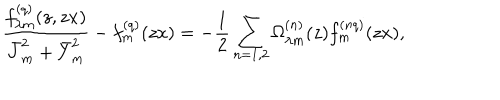
\frac { f _ { \lambda m } ^ { ( q ) } ( z , z x ) } { \bar { J } _ { m } ^ { 2 } + \bar { Y } _ { m } ^ { 2 } } - f _ { m } ^ { ( q ) } ( z x ) = - \frac { 1 } { 2 } \sum _ { n = 1 , 2 } \Omega _ { \lambda m } ^ { ( n ) } ( z ) f _ { m } ^ { ( n q ) } ( z x ) ,